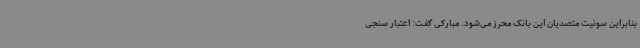
بنابراین سو‌نیت متصدیان این بانک محرز می‌شود. مبارکی گفت: اعتبار سنجی